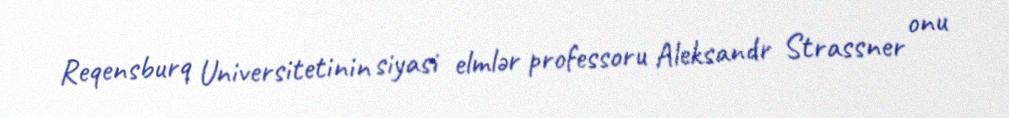
Reqensburq Universitetinin siyasi elmlər professoru Aleksandr Strassner onu